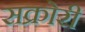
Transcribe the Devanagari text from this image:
सक्रोरी